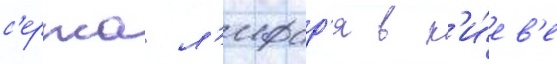
с'ержа л'ифар'я в к'и́ев'е